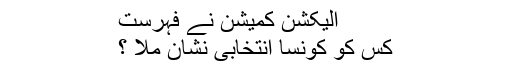
الیکشن کمیشن نے فہرست
کس کو کونسا انتخابی نشان ملا ؟